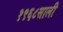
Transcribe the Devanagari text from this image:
१९६८साली